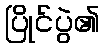
ပြိုင်ပွဲ၏